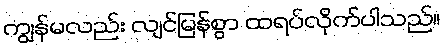
ကျွန်မလည်း လျင်မြန်စွာ ထရပ်လိုက်ပါသည်။